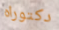
دكتوراه